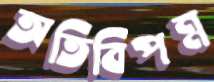
অতিবিপন্ন